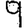
Digit: 9